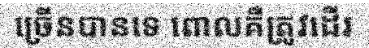
ច្រើនបានទេ ពោលគឺត្រូវដើរ